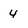
Character: 4